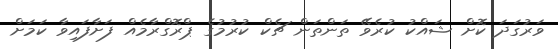
ވަރުގަދަ ކޮށް ޝައްކު ކުރެވޭ ތަންތަން ޗެކް ކުރުމުގެ ޕްރޮގްރާމެއް ފަށާފައިވާ ކަމަށް